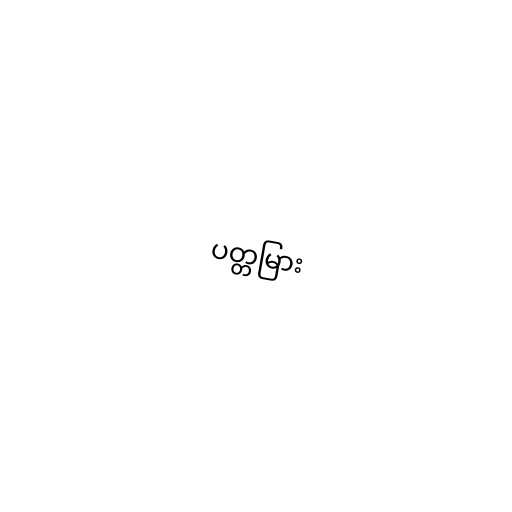
ပတ္တမြား